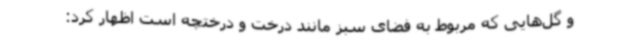
و گل‌هایی که مربوط به فضای سبز مانند درخت و درختچه است اظهار کرد: